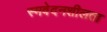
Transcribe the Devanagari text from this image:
स्मवेदनशीलता